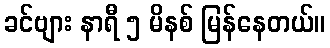
ခင်ဗျား နာရီ ၅ မိနစ် မြန်နေတယ်။